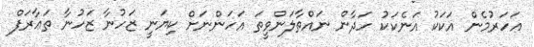
އަހަރުމެން އަކަކު އަނެކަކު ހަދާން ނައްތާލަންވީތަ އަހަންނަށް ކިޔަނީ ޒަހުނާ ޒަހުނާ ތަޢާރަފް